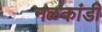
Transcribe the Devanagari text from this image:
नळकांडी